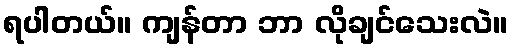
ရပါတယ်။ ကျန်တာ ဘာ လိုချင်သေးလဲ။